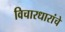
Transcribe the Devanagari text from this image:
विचारधारांचे